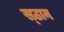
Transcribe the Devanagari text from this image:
स्ठान